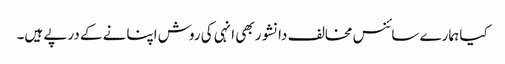
کیا ہمارے سائنس مخالف دانشور بھی انہی کی روش اپنانے کے درپے ہیں۔